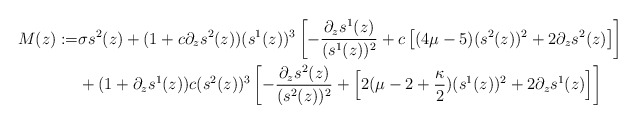
\begin{align*} M(z) := & \sigma s^2(z) + (1 + c \partial_z s^2(z)) (s^1(z))^3 \left[ - \frac{\partial_z s^1(z)}{ (s^1(z))^2} + c \left[ (4\mu -5)(s^2(z))^2 + 2\partial_z s^2(z)\right] \right] \\ & + (1 + \partial_z s^1(z)) c (s^2(z))^3 \left[ - \frac{\partial_z s^2(z)}{(s^2(z))^2} + \left[ 2(\mu - 2 + \frac{\kappa}{2})(s^1(z))^2 + 2 \partial_z s^1(z)\right] \right] \end{align*}